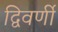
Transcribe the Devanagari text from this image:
द्विवर्णी